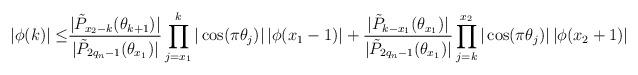
LaTeX: \begin{align*}|\phi(k)|\leq &\frac{|\tilde{P}_{x_2-k}(\theta_{k+1})|}{|\tilde{P}_{2q_n-1}(\theta_{x_1})|} \prod_{j=x_1}^k |\cos(\pi \theta_j)|\, |\phi(x_1-1)|+\frac{|\tilde{P}_{k-x_1}(\theta_{x_1})|}{|\tilde{P}_{2q_n-1}(\theta_{x_1})|} \prod_{j=k}^{x_2} |\cos(\pi \theta_j)|\, |\phi(x_2+1)|\end{align*}